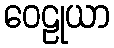
ဝေဠုယာ